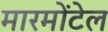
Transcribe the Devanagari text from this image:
मारमोंटेल